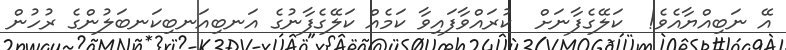
އޭ ނަބިއްޔާއެވެ!  ކަލޭގެފާނަށް  ކުރައްވާފައިވާ ކަމެއް ކަލޭގެފާނުގެ އަނބިއަނބިކަނބަލުންގެ ރުހުން